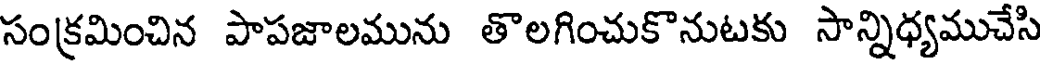
సంక్రమించిన పాపజాలమును తొలగించుకొనుటకు సాన్నిధ్యముచేసి